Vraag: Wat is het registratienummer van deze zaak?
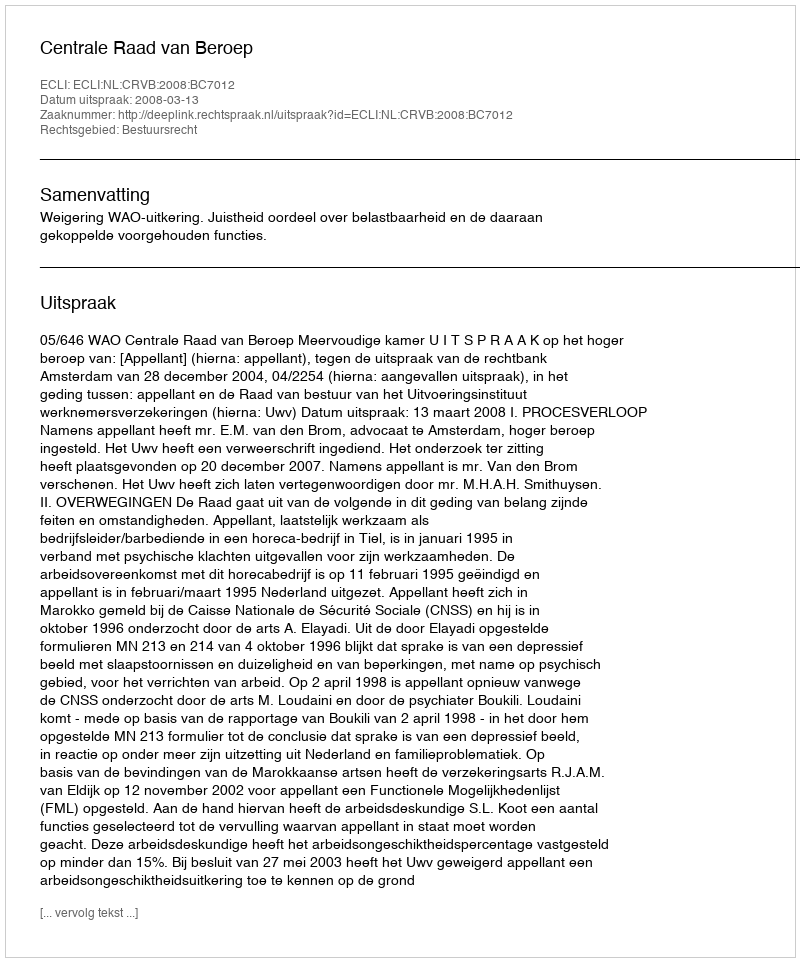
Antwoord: http://deeplink.rechtspraak.nl/uitspraak?id=ECLI:NL:CRVB:2008:BC7012